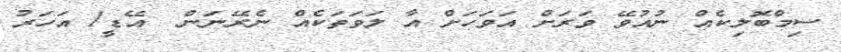
ސިމްބޮލިކެއް ނުއުވޭ ވަރަށް އަވަހަށް އާ ލަވަތަކެއް ނެރޭނަން  އޭޑީ1 އަހަރު